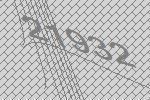
21932